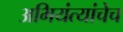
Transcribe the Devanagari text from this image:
अभियंत्यांचेच